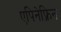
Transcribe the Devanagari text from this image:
एपिनेफ़्रिन